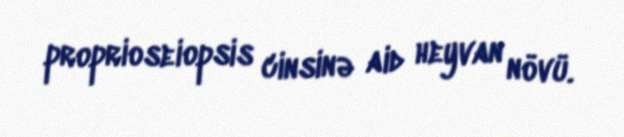
proprioseiopsis cinsinə aid heyvan növü.